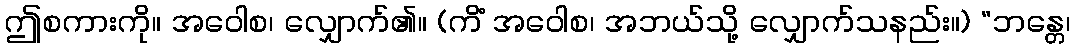
ဤစကားကို။ အဝေါစ၊ လျှောက်၏။ (ကိံ အဝေါစ၊ အဘယ်သို့ လျှောက်သနည်း။) “ဘန္တေ၊